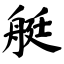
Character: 艇